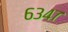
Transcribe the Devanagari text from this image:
६३४७